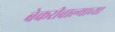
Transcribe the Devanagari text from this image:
बेकरीवाल्याच्या